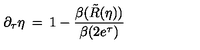
\partial _ { \tau } \eta \: = \: 1 - \frac { \beta ( \tilde { R } ( \eta ) ) } { \beta ( 2 e ^ { \tau } ) } \,